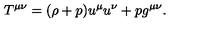
T ^ { \mu \nu } = ( \rho + p ) u ^ { \mu } u ^ { \nu } + p g ^ { \mu \nu } .